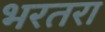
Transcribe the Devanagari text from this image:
भरतरा